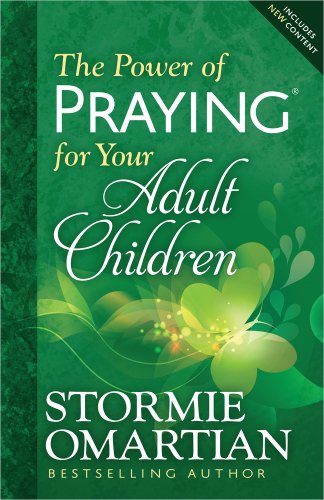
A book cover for The Power of Praying for Your Adult Children; Stormie Omartian; Christian Books & Bibles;